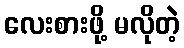
လေးစားဖို့ မလိုတဲ့